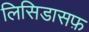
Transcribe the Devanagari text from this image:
लिसिडासफ़